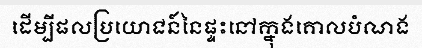
ដើម្បីផលប្រយោជន៍នៃផ្ទះនៅក្នុងគោលបំណង